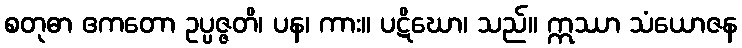
စတုဓာ ဧကတော ဥပ္ပဇ္ဇတိ၊ ပန၊ ကား။ ပဋိဃော၊ သည်။ ဣဿာ သံယောဇန